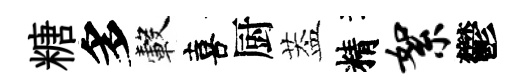
糖多轂喜厨葢精絮鬱